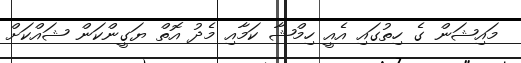
މައިޝަން ގެ ހިތުގައި އެއީ ހިމްޝާ ކަމާއި މެދު އޮތް ޔަގީންކަން ޝައްކަށް